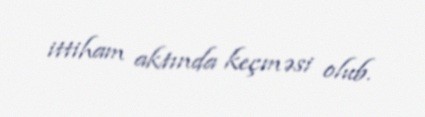
ittiham aktında keçməsi olub.